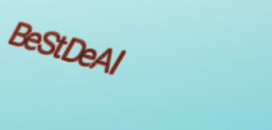
BeStDeAl